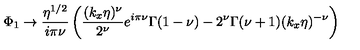
\Phi _ { 1 } \rightarrow \frac { \eta ^ { 1 / 2 } } { i \pi \nu } \left( \frac { ( k _ { x } \eta ) ^ { \nu } } { 2 ^ { \nu } } e ^ { i \pi \nu } \Gamma ( 1 - \nu ) - 2 ^ { \nu } \Gamma ( \nu + 1 ) ( k _ { x } \eta ) ^ { - \nu } \right)